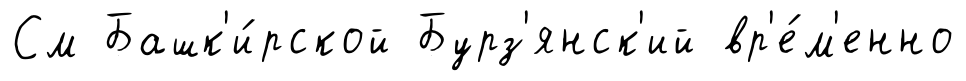
См Башк'и́рской Бурз'янск'ий вр'е́м'енно